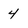
Character: 4